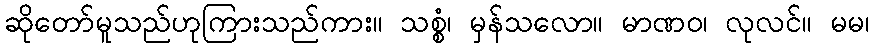
ဆိုတော်မူသည်ဟုကြားသည်ကား။ သစ္စံ၊ မှန်သလော။ မာဏဝ၊ လုလင်။ မမ၊